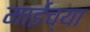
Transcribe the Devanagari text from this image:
माईंच्या